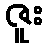
ဇူး